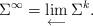
LaTeX: \begin{gather*} \Sigma^\infty =\lim_{\longleftarrow}\Sigma^k . \end{gather*}